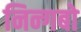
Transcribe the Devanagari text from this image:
निन्गबो